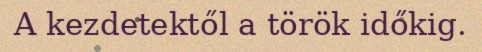
A kezdetektől a török időkig.